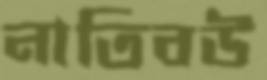
নাতিবউ